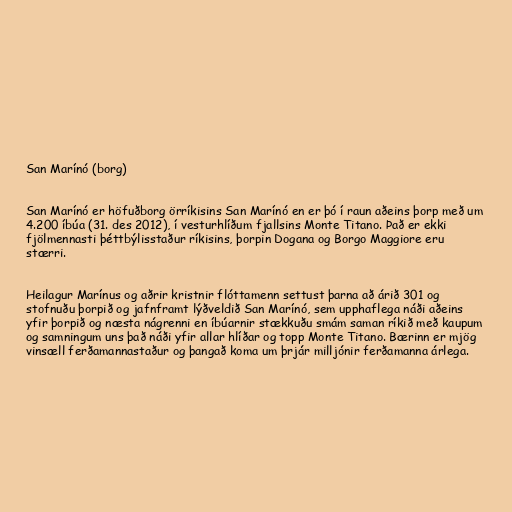
San Marínó (borg)

San Marínó er höfuðborg örríkisins San Marínó en er þó í raun aðeins þorp með um
4.200 íbúa (31. des 2012), í vesturhlíðum fjallsins Monte Titano. Það er ekki
fjölmennasti þéttbýlisstaður ríkisins, þorpin Dogana og Borgo Maggiore eru
stærri.

Heilagur Marínus og aðrir kristnir flóttamenn settust þarna að árið 301 og
stofnuðu þorpið og jafnframt lýðveldið San Marínó, sem upphaflega náði aðeins
yfir þorpið og næsta nágrenni en íbúarnir stækkuðu smám saman ríkið með kaupum
og samningum uns það náði yfir allar hlíðar og topp Monte Titano. Bærinn er mjög
vinsæll ferðamannastaður og þangað koma um þrjár milljónir ferðamanna árlega.